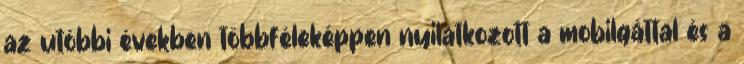
az utóbbi években többféleképpen nyilatkozott a mobilgáttal és a